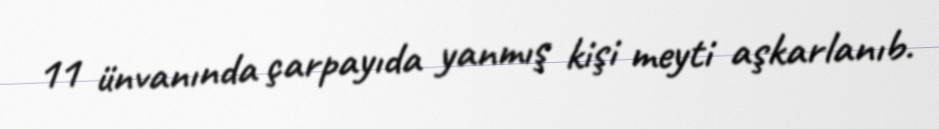
11 ünvanında çarpayıda yanmış kişi meyti aşkarlanıb.